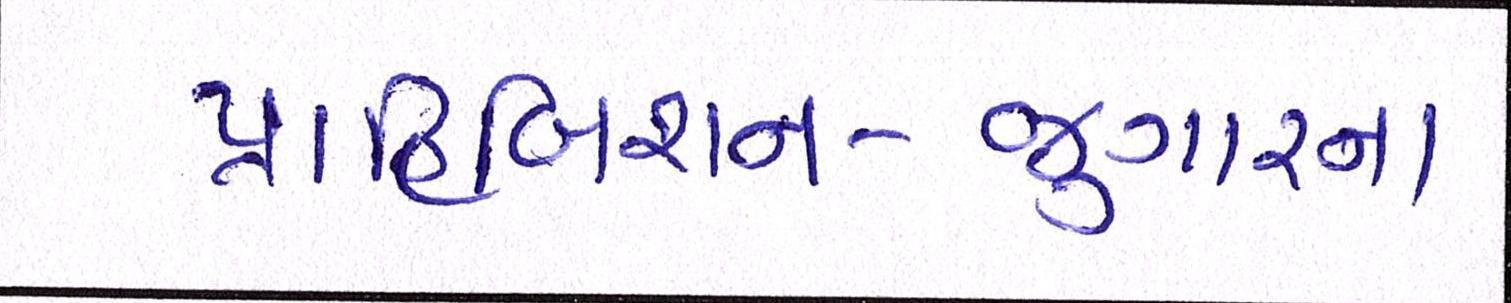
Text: પ્રાહિબિશન-જુગારના